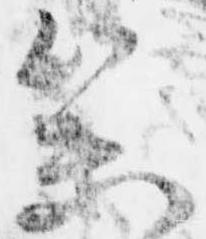
参